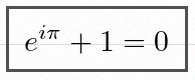
e^{i\pi}+1=0